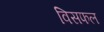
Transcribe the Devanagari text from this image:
विसफल